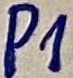
Text: P1